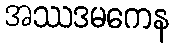
အဿဒမကေန